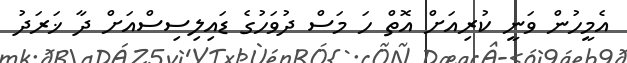
އެމީހުން ވަނީ ކުރިއަށް އޮތް ހަ މަސް ދުވަހުގެ ޑައިލިސިސްއަށް ދާ ޚަރަދު